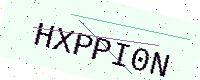
Text: HXPPI0N